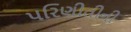
પરિણીતીની